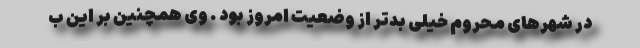
در شهرهای محروم خیلی بدتر از وضعیت امروز بود . وی همچنین بر این ب